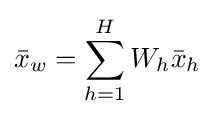
{\bar {x}}_{w}=\sum _{h=1}^{H}W_{h}{\bar {x}}_{h}